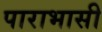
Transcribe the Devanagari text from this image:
पाराभासी